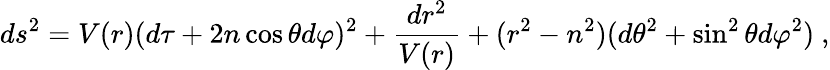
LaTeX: ds^{2}=V(r)(d\tau+2n\cos\theta d\varphi)^{2}+{\frac{dr^{2}}{V(r)}}+(r^{2}-n^{2})(d\theta^{2}+\sin^{2}\theta d\varphi^{2})\ ,